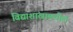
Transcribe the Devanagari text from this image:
विद्याशांखामधील